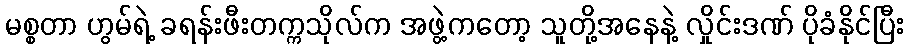
မစ္စတာ ဟွမ်ရဲ့ ခရန်းဖီးတက္ကသိုလ်က အဖွဲ့ကတော့ သူတို့အနေနဲ့ လှိုင်းဒဏ် ပိုခံနိုင်ပြီး